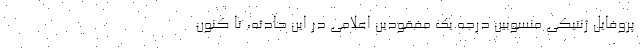
پروفایل ژنتیکی منسوبین درجه یک مفقودین اعلامی در این حادثه، تا کنون